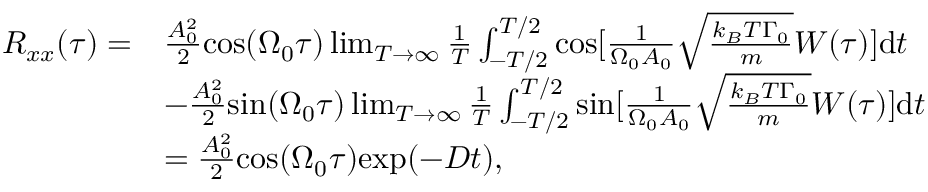
\begin{array} { r l } { R _ { x x } ( \tau ) = } & { \frac { A _ { 0 } ^ { 2 } } { 2 } \mathrm { c o s } ( \Omega _ { 0 } \tau ) \operatorname* { l i m } _ { T \rightarrow \infty } \frac { 1 } { T } \int _ { - T / 2 } ^ { T / 2 } \mathrm { c o s } [ \frac { 1 } { \Omega _ { 0 } A _ { 0 } } \sqrt { \frac { k _ { B } T \Gamma _ { 0 } } { m } } W ( \tau ) ] \mathrm { d } t } \\ & { - \frac { A _ { 0 } ^ { 2 } } { 2 } \mathrm { s i n } ( \Omega _ { 0 } \tau ) \operatorname* { l i m } _ { T \rightarrow \infty } \frac { 1 } { T } \int _ { - T / 2 } ^ { T / 2 } \mathrm { s i n } [ \frac { 1 } { \Omega _ { 0 } A _ { 0 } } \sqrt { \frac { k _ { B } T \Gamma _ { 0 } } { m } } W ( \tau ) ] \mathrm { d } t } \\ & { = \frac { A _ { 0 } ^ { 2 } } { 2 } \mathrm { c o s } ( \Omega _ { 0 } \tau ) \mathrm { e x p } ( - D t ) \mathrm { , } } \end{array}